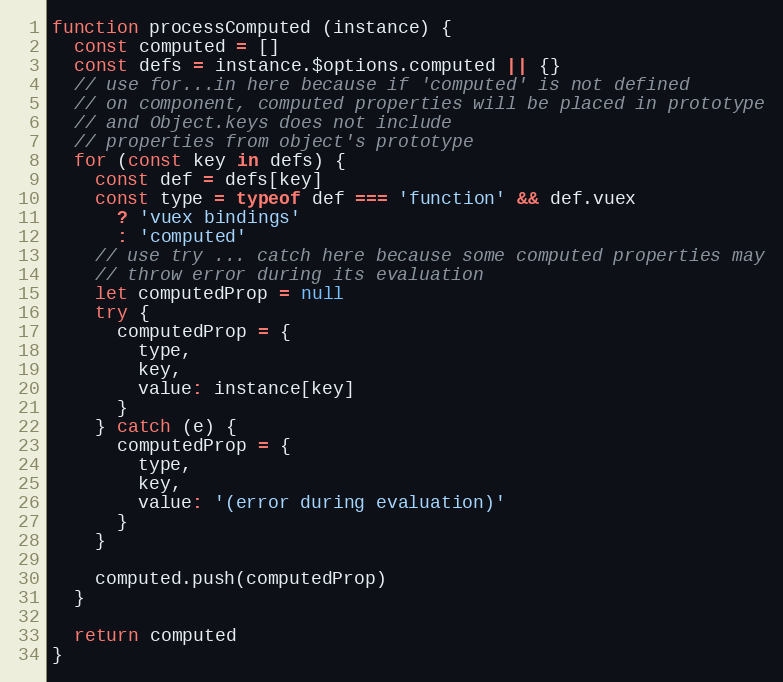
Language: JavaScript
function processComputed (instance) {
  const computed = []
  const defs = instance.$options.computed || {}
  // use for...in here because if 'computed' is not defined
  // on component, computed properties will be placed in prototype
  // and Object.keys does not include
  // properties from object's prototype
  for (const key in defs) {
    const def = defs[key]
    const type = typeof def === 'function' && def.vuex
      ? 'vuex bindings'
      : 'computed'
    // use try ... catch here because some computed properties may
    // throw error during its evaluation
    let computedProp = null
    try {
      computedProp = {
        type,
        key,
        value: instance[key]
      }
    } catch (e) {
      computedProp = {
        type,
        key,
        value: '(error during evaluation)'
      }
    }

    computed.push(computedProp)
  }

  return computed
}